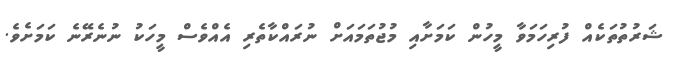
ޝަރުތުތަކެއް ފުރިހަމަވާ މީހުން ކަމަށާއި މުޖުތަމައަށް ނުރައްކާތެރި އެއްވެސް މީހަކު ނުނެރޭނެ ކަމަށެވެ.